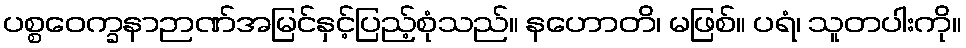
ပစ္စဝေက္ခနာဉာဏ်အမြင်နှင့်ပြည့်စုံသည်။ နဟောတိ၊ မဖြစ်။ ပရံ၊ သူတပါးကို။